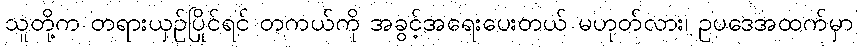
သူတို့က တရားယှဉ်ပြိုင်ရင် တကယ်ကို အခွင့်အရေးပေးတယ် မဟုတ်လား၊ ဥပဒေအထက်မှာ